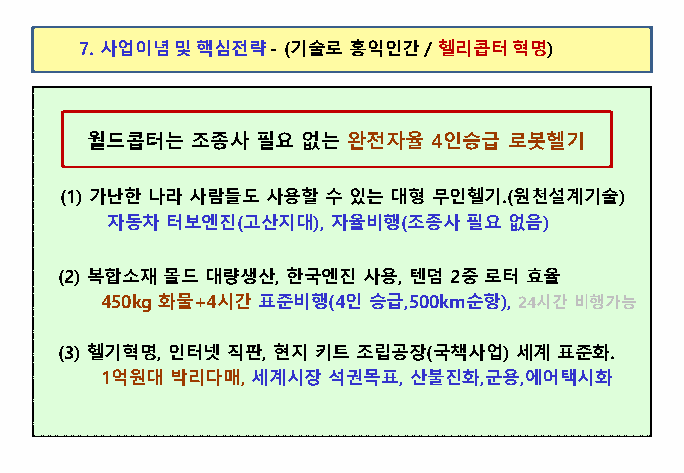
7. 사업이념및핵심전략-(기술로홍익인간/  헬리콥터혁명)
 월드콥터는  조종사 필요 없는 완전자율  4인승급 로봇헬기
 (1) 가난한나라사람들도사용할수있는대형무인헬기.(원천설계기술)
 자동차터보엔진(고산지대), 자율비행(조종사필요없음)
 (2) 복합소재몰드대량생산, 한국엔진사용, 텐덤2중로터효율
 450kg화물+4시간표준비행(4인승급,500km순항), 24시간비행가능
 (3) 헬기혁명, 인터넷직판, 현지키트조립공장(국책사업) 세계표준화.
 1억원대박리다매,세계시장석권목표,  산불진화,군용,에어택시화